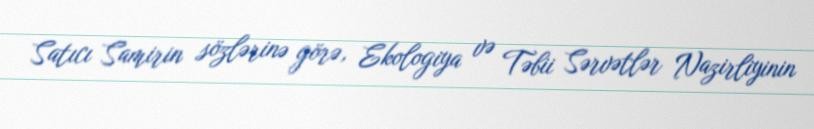
Satıcı Samirin sözlərinə görə, Ekologiya və Təbii Sərvətlər Nazirliyinin